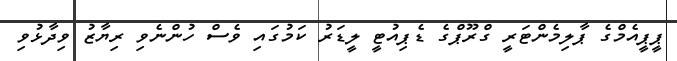
ޕީޕީއެމްގެ ޕާލިމެންޓަރީ ގްރޫޕްގެ ޑެޕިއުޓީ ލީޑަރު ކަމުގައި ވެސް ހުންނެވި ރިޔާޒު ވިދާޅުވި